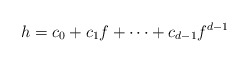
\begin{align*}h=c_0+c_1f+\cdots+c_{d-1}f^{d-1}\end{align*}